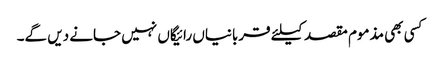
کسی بھی مذموم مقصد کیلئے قربانیاں رائیگاں نہیں جانے دیں گے۔